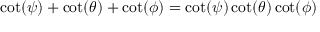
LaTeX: \cot ( \psi ) + \cot ( \theta ) + \cot ( \phi ) = \cot ( \psi ) \cot ( \theta ) \cot ( \phi )